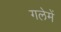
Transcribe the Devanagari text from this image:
गलेमें